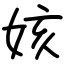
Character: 姟